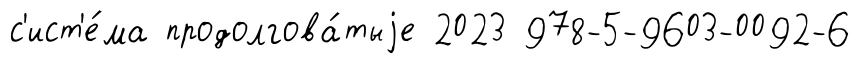
с'ист'е́ма продолгова́тыjе 2023 978-5-9603-0092-6